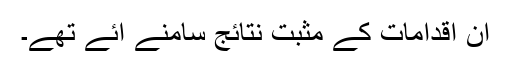
ان اقدامات کے مثبت نتائج سامنے آئے تھے۔